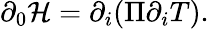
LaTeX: \partial_{0}{\cal H}=\partial_{i}(\Pi\partial_{i}T).